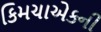
કિમચાએકની